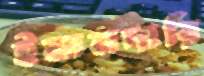
ইমানদারি